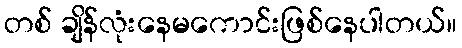
တစ် ချိန်လုံးနေမကောင်းဖြစ်နေပါတယ်။